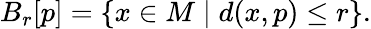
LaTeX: B_{r}[p]=\{ x\in M\mid d(x,p)\leq r\} .